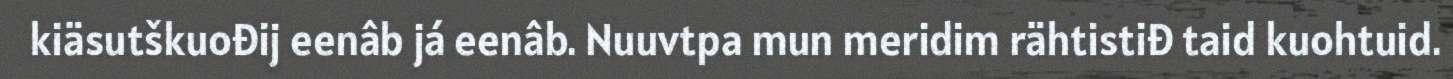
kiäsutškuođij eenâb já eenâb. Nuuvtpa mun meridim rähtistiđ taid kuohtuid.